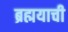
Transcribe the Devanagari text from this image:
ब्रह्मयाची